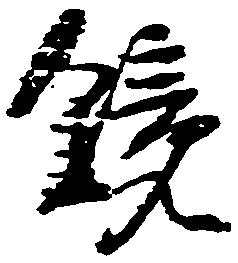
鏡